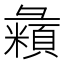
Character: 𪫇